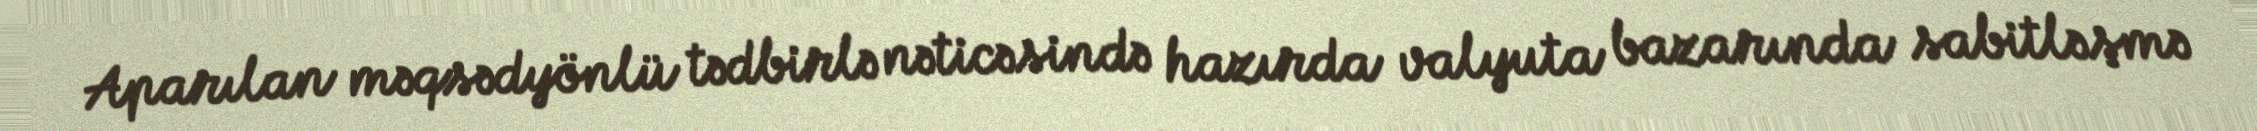
Aparılan məqsədyönlü tədbirlə nəticəsində hazırda valyuta bazarında sabitləşmə